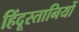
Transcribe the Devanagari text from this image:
हिंदूस्तानियों